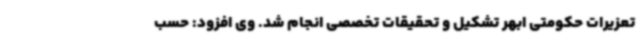
تعزیرات حکومتی ابهر تشکیل و تحقیقات تخصصی انجام شد. وی افزود: حسب